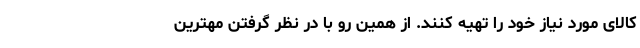
کالای مورد نیاز خود را تهیه کنند. از همین رو با در نظر گرفتن مهترین